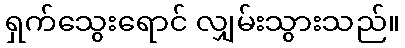
ရှက်သွေးရောင် လျှမ်းသွားသည်။